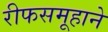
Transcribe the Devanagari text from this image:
रीफसमूहाने